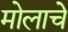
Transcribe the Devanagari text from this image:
मोलाचेे